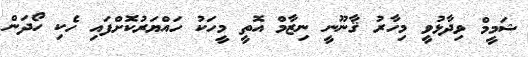
ޝަމީމް ވިދާޅުވީ މިހާރު ޤާނޫނީ ނިޒާމް އޮތީ މީހަކު ހައްޔަރުކޮށްފައި ހެކި ހޯދަން